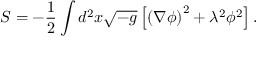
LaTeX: S = - { \frac { 1 } { 2 } } \int d ^ { 2 } x \sqrt { - g } \left[ \left( \nabla \phi \right) ^ { 2 } + \lambda ^ { 2 } \phi ^ { 2 } \right] .